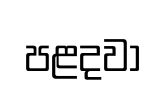
පළදවා